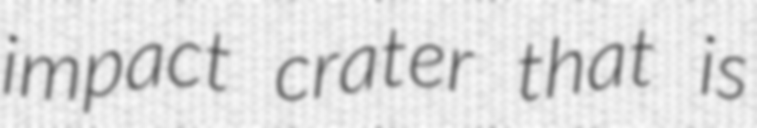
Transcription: impact crater that is